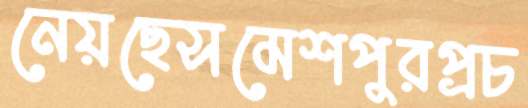
নেয়ছেসমেশপুরপ্রচ